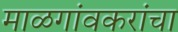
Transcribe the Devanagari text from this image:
माळगांवकरांचा